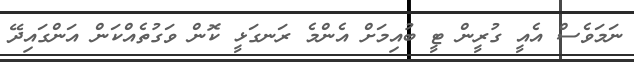
ނަމަވެސް އެއީ ގުރީން ޓީ ބުއިމަށް އެންމެ ރަނގަޅީ ކޮން ވަގުތެއްކަން އަންގައިދޭ